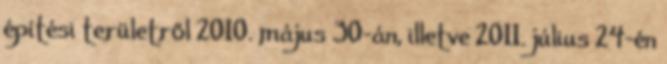
építési területről 2010. május 30-án, illetve 2011. július 24-én